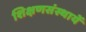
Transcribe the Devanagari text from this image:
शिक्षणसंस्थायें